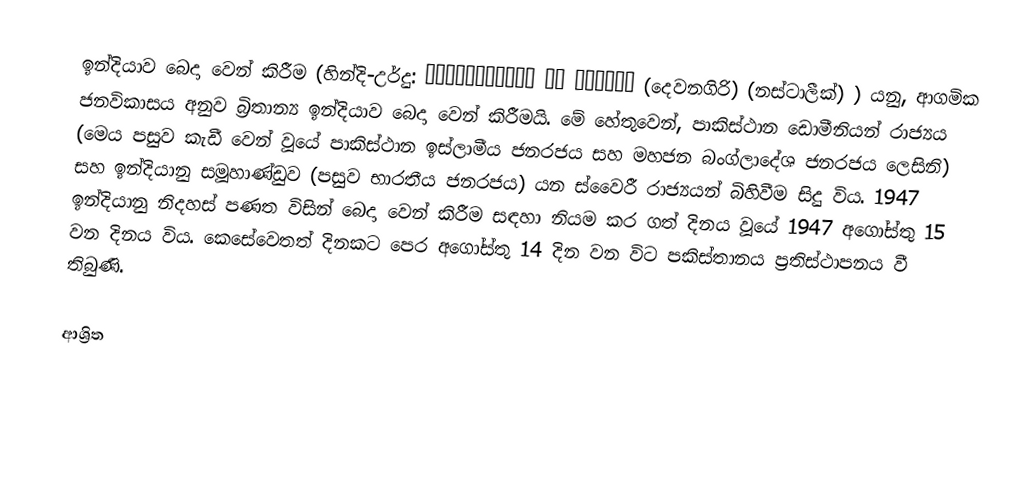
ඉන්දියාව බෙදා වෙන් කිරීම (හින්දි-උර්දු: हिन्दुस्तान का बटवारा (දෙවනගිරි)  (නස්ටාලීක්) ) යනු, ආගමික ජනවිකාසය අනුව  බ්‍රිතාන්‍ය ඉන්දියාව බෙදා වෙන් කිරීමයි. මේ හේතුවෙන්,  පාකිස්ථාන ඩොමීනියන් රාජ්‍යය (මෙය පසුව කැඩී වෙන් වූයේ පාකිස්ථාන ඉස්ලාමීය ජනරජය සහ මහජන බංග්ලාදේශ ජනරජය ලෙසිනි) සහ ඉන්දියානු සමූහාණ්ඩුව (පසුව භාරතීය ජනරජය) යන ස්වෛරී රාජ්‍යයන් බිහිවීම සිදු විය. 1947 ඉන්දියානු නිදහස් පණත විසින් බෙදා වෙන් කිරීම සඳහා නියම කර ගත් දිනය වූයේ 1947 අගෝස්තු 15 වන දිනය විය. කෙසේවෙතත් දිනකට පෙර අගෝස්තු 14 දින වන විට පකිස්තානය ප්‍රතිස්ථාපනය වී තිබුණි.

ආශ්‍රිත